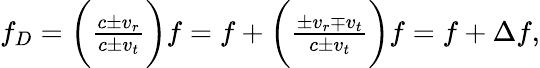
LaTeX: \begin{array}{r}{f_{D}=\bigg(\frac{c\pm v_{r}}{c\pm v_{t}}\bigg)f=f+\bigg(\frac{\pm v_{r}\mp v_{t}}{c\pm v_{t}}\bigg)f=f+\Delta f,}\end{array}